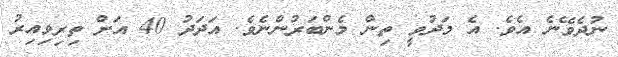
ނުދެވޭނެ އެވެ. އެ މަދުވީ ތިން މެންބަރުންނެވެ. އަދަދު 40 އަށް ތިރިވިއިރު